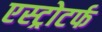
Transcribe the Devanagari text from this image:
एस्ट्रोटर्फ